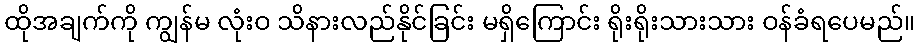
ထိုအချက်ကို ကျွန်မ လုံးဝ သိနားလည်နိုင်ခြင်း မရှိကြောင်း ရိုးရိုးသားသား ဝန်ခံရပေမည်။